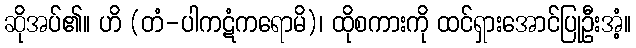
ဆိုအပ်၏။ ဟိ (တံ-ပါကဋံကရောမိ)၊ ထိုစကားကို ထင်ရှားအောင်ပြုဦးအံ့။